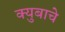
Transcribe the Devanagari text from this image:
क्युबाचे